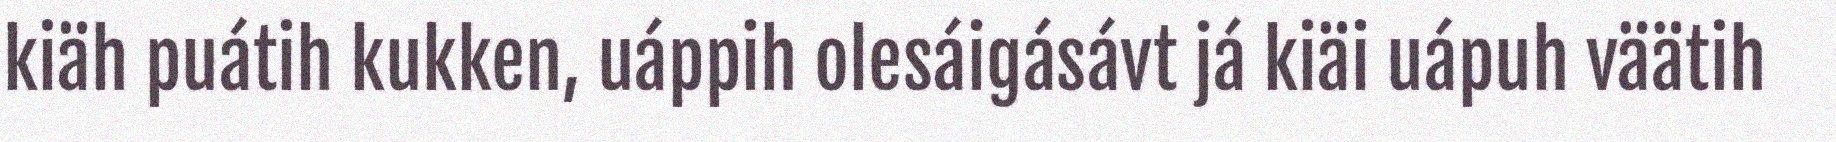
kiäh puátih kukken, uáppih olesáigásávt já kiäi uápuh väätih